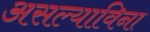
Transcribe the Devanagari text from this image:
असल्याविना